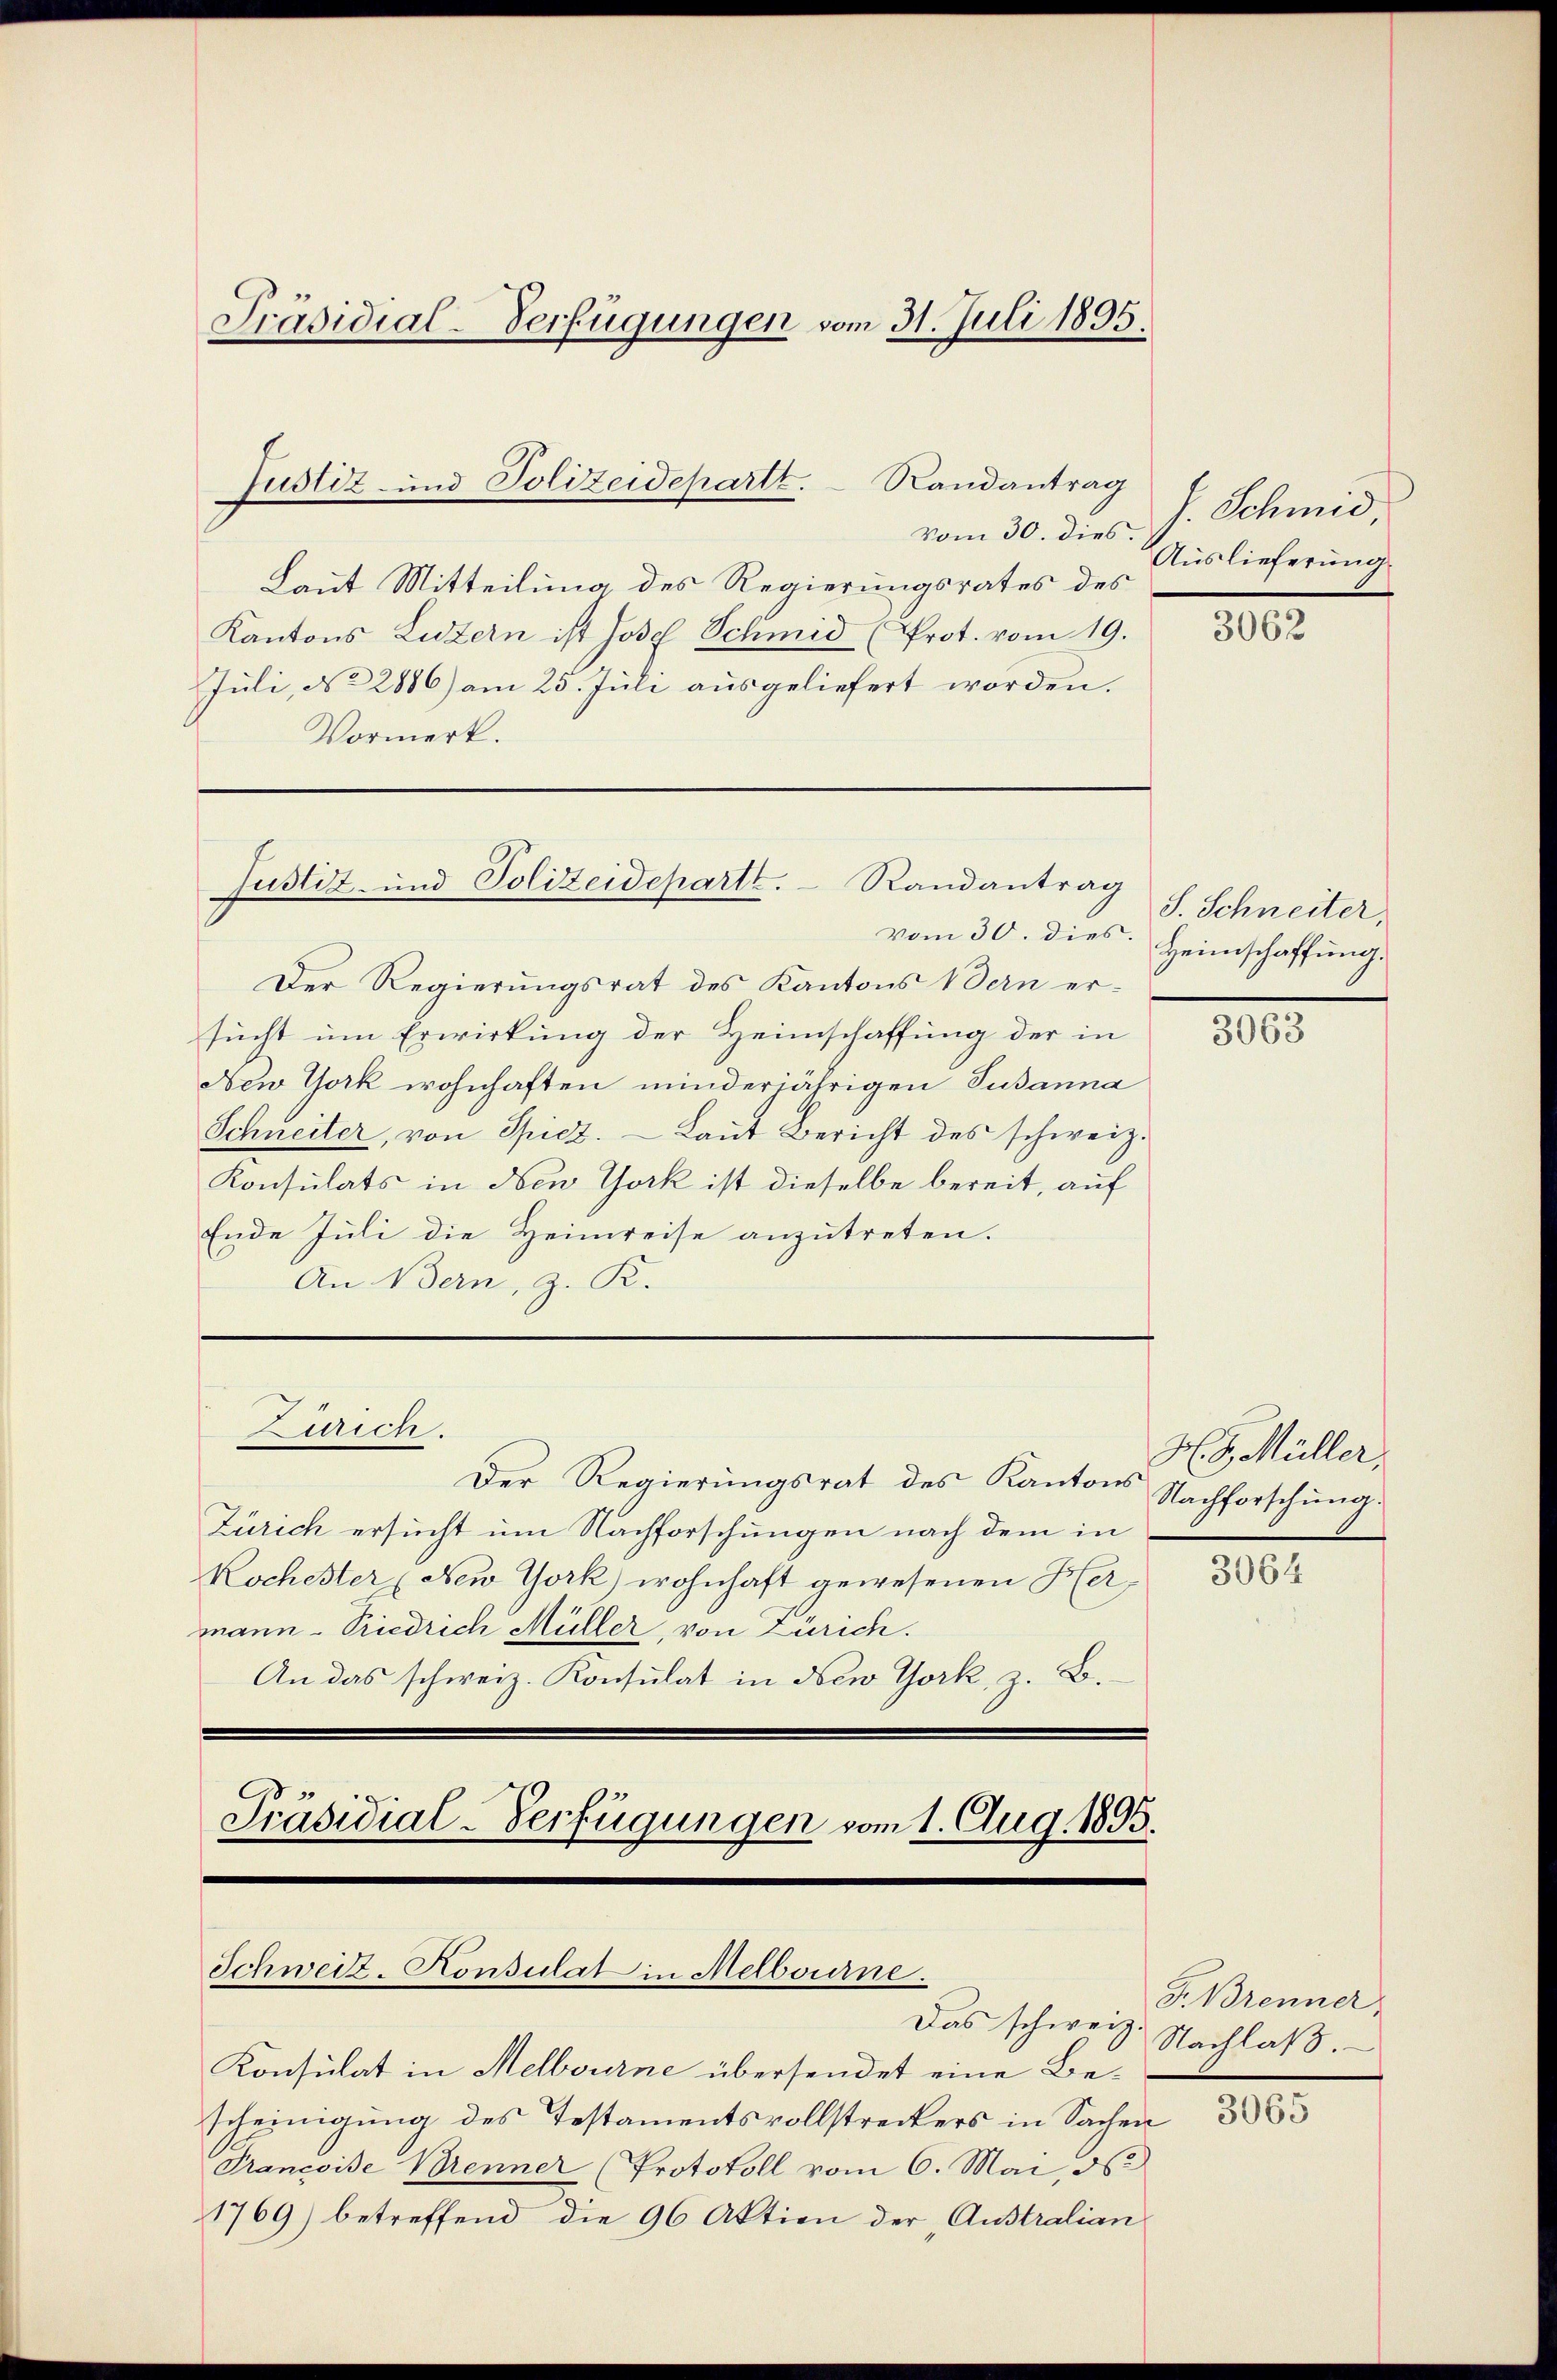
Präsidial-Verfügungen vom 31. Juli 1895.

vom 30. dies.
Laut Mitteilung des Regierungsrates des
Kantons Luzern ist Josef Schmid (Prot. vom 19.
Juli, No 2886) am 25. Juli ausgeliefert worden.
Vormerk.

vom 30. dies.
Der Regierungsrat des Kantons Bern ersucht um Erwirkung der Heimschaffung der in
New York wohnhaften minderjährigen Susanna
Schneiter, von Spiez. Laut Bericht des schweiz.
Konsulats in New York ist dieselbe bereit, auf
Ende Juli die Heimreise anzutreten.
An Bern, z. R.

Justiz- und Polizeideparte. Randantrag

Der Regierungsrat des Kantons
Zürich ersucht um Nachforschungen nach dem in
Kochester New York) wohnhaft gewesenen Hermann Priedrich Müller, von Zürich.
An das schweiz. Konsulat in diew York, z. B.
Präsidial-Verfügungen vom 1. Aug. 1895.

Purich.

Randantrag
Justiz- und Polizeidepartt.

Schweiz. Konsulat in Melbourne.

Konsulat in Melbourne übersendet eine Bescheinigung des Testamentsvollstreckers in Sachen 385
Francoise Brenner (Protokoll vom 6. Mai, d
1769) betreffend die 96 Aktion der Australian

Das schweiz.

J. Schmid
Auslieferung

3062

S. Schneiter,
Heimschaffung.

3063

H.G. Müller
Nachforschung.

3064

F. Brenner,
Nachlass.